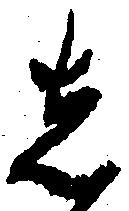
し